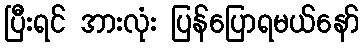
ပြီးရင် အားလုံး ပြန်ပြောရမယ်နော်